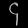
Digit: ၄